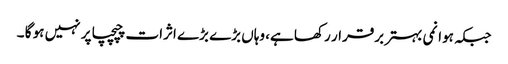
جبکہ ہوا نمی بہتر برقرار رکھا ہے، وہاں بڑے بڑے اثرات چپچپا پر نہیں ہو گا ۔